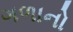
ગળાનો